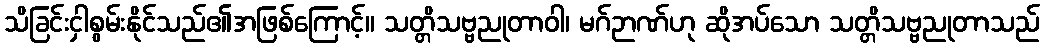
သိခြင်းငှါစွမ်းနိုင်သည်၏အဖြစ်ကြောင့်။ သတ္တိသဗ္ဗညုတာဝါ၊ မဂ်ဉာဏ်ဟု ဆိုအပ်သော သတ္တိသဗ္ဗညုတာသည်